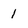
Character: 1